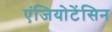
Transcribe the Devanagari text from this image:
एंजियोटेंसिन